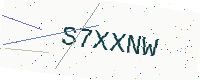
Text: S7XXNW